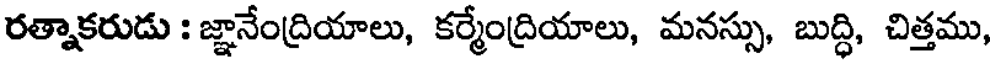
రత్నాకరుడు : జ్ఞానేంద్రియాలు, కర్మేంద్రియాలు, మనస్సు, బుద్ధి, చిత్తము,